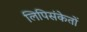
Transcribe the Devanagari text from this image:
लिपिसंकेतों